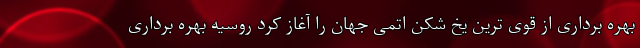
بهره برداری از قوی ترین یخ شکن اتمی جهان را آغاز کرد روسیه بهره برداری